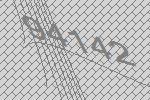
94142